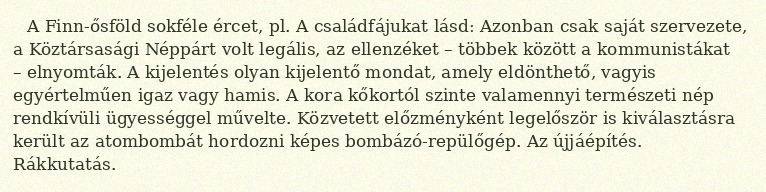
A Finn-ősföld sokféle ércet, pl. A családfájukat lásd: Azonban csak saját szervezete, a Köztársasági Néppárt volt legális, az ellenzéket – többek között a kommunistákat – elnyomták. A kijelentés olyan kijelentő mondat, amely eldönthető, vagyis egyértelműen igaz vagy hamis. A kora kőkortól szinte valamennyi természeti nép rendkívüli ügyességgel művelte. Közvetett előzményként legelőször is kiválasztásra került az atombombát hordozni képes bombázó-repülőgép. Az újjáépítés. Rákkutatás.